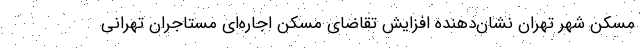
مسکن شهر تهران نشان‌دهنده افزایش تقاضای مسکن اجاره‌‌ای مستاجران تهرانی